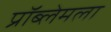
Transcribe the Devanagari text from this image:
प्रॉब्लेमला